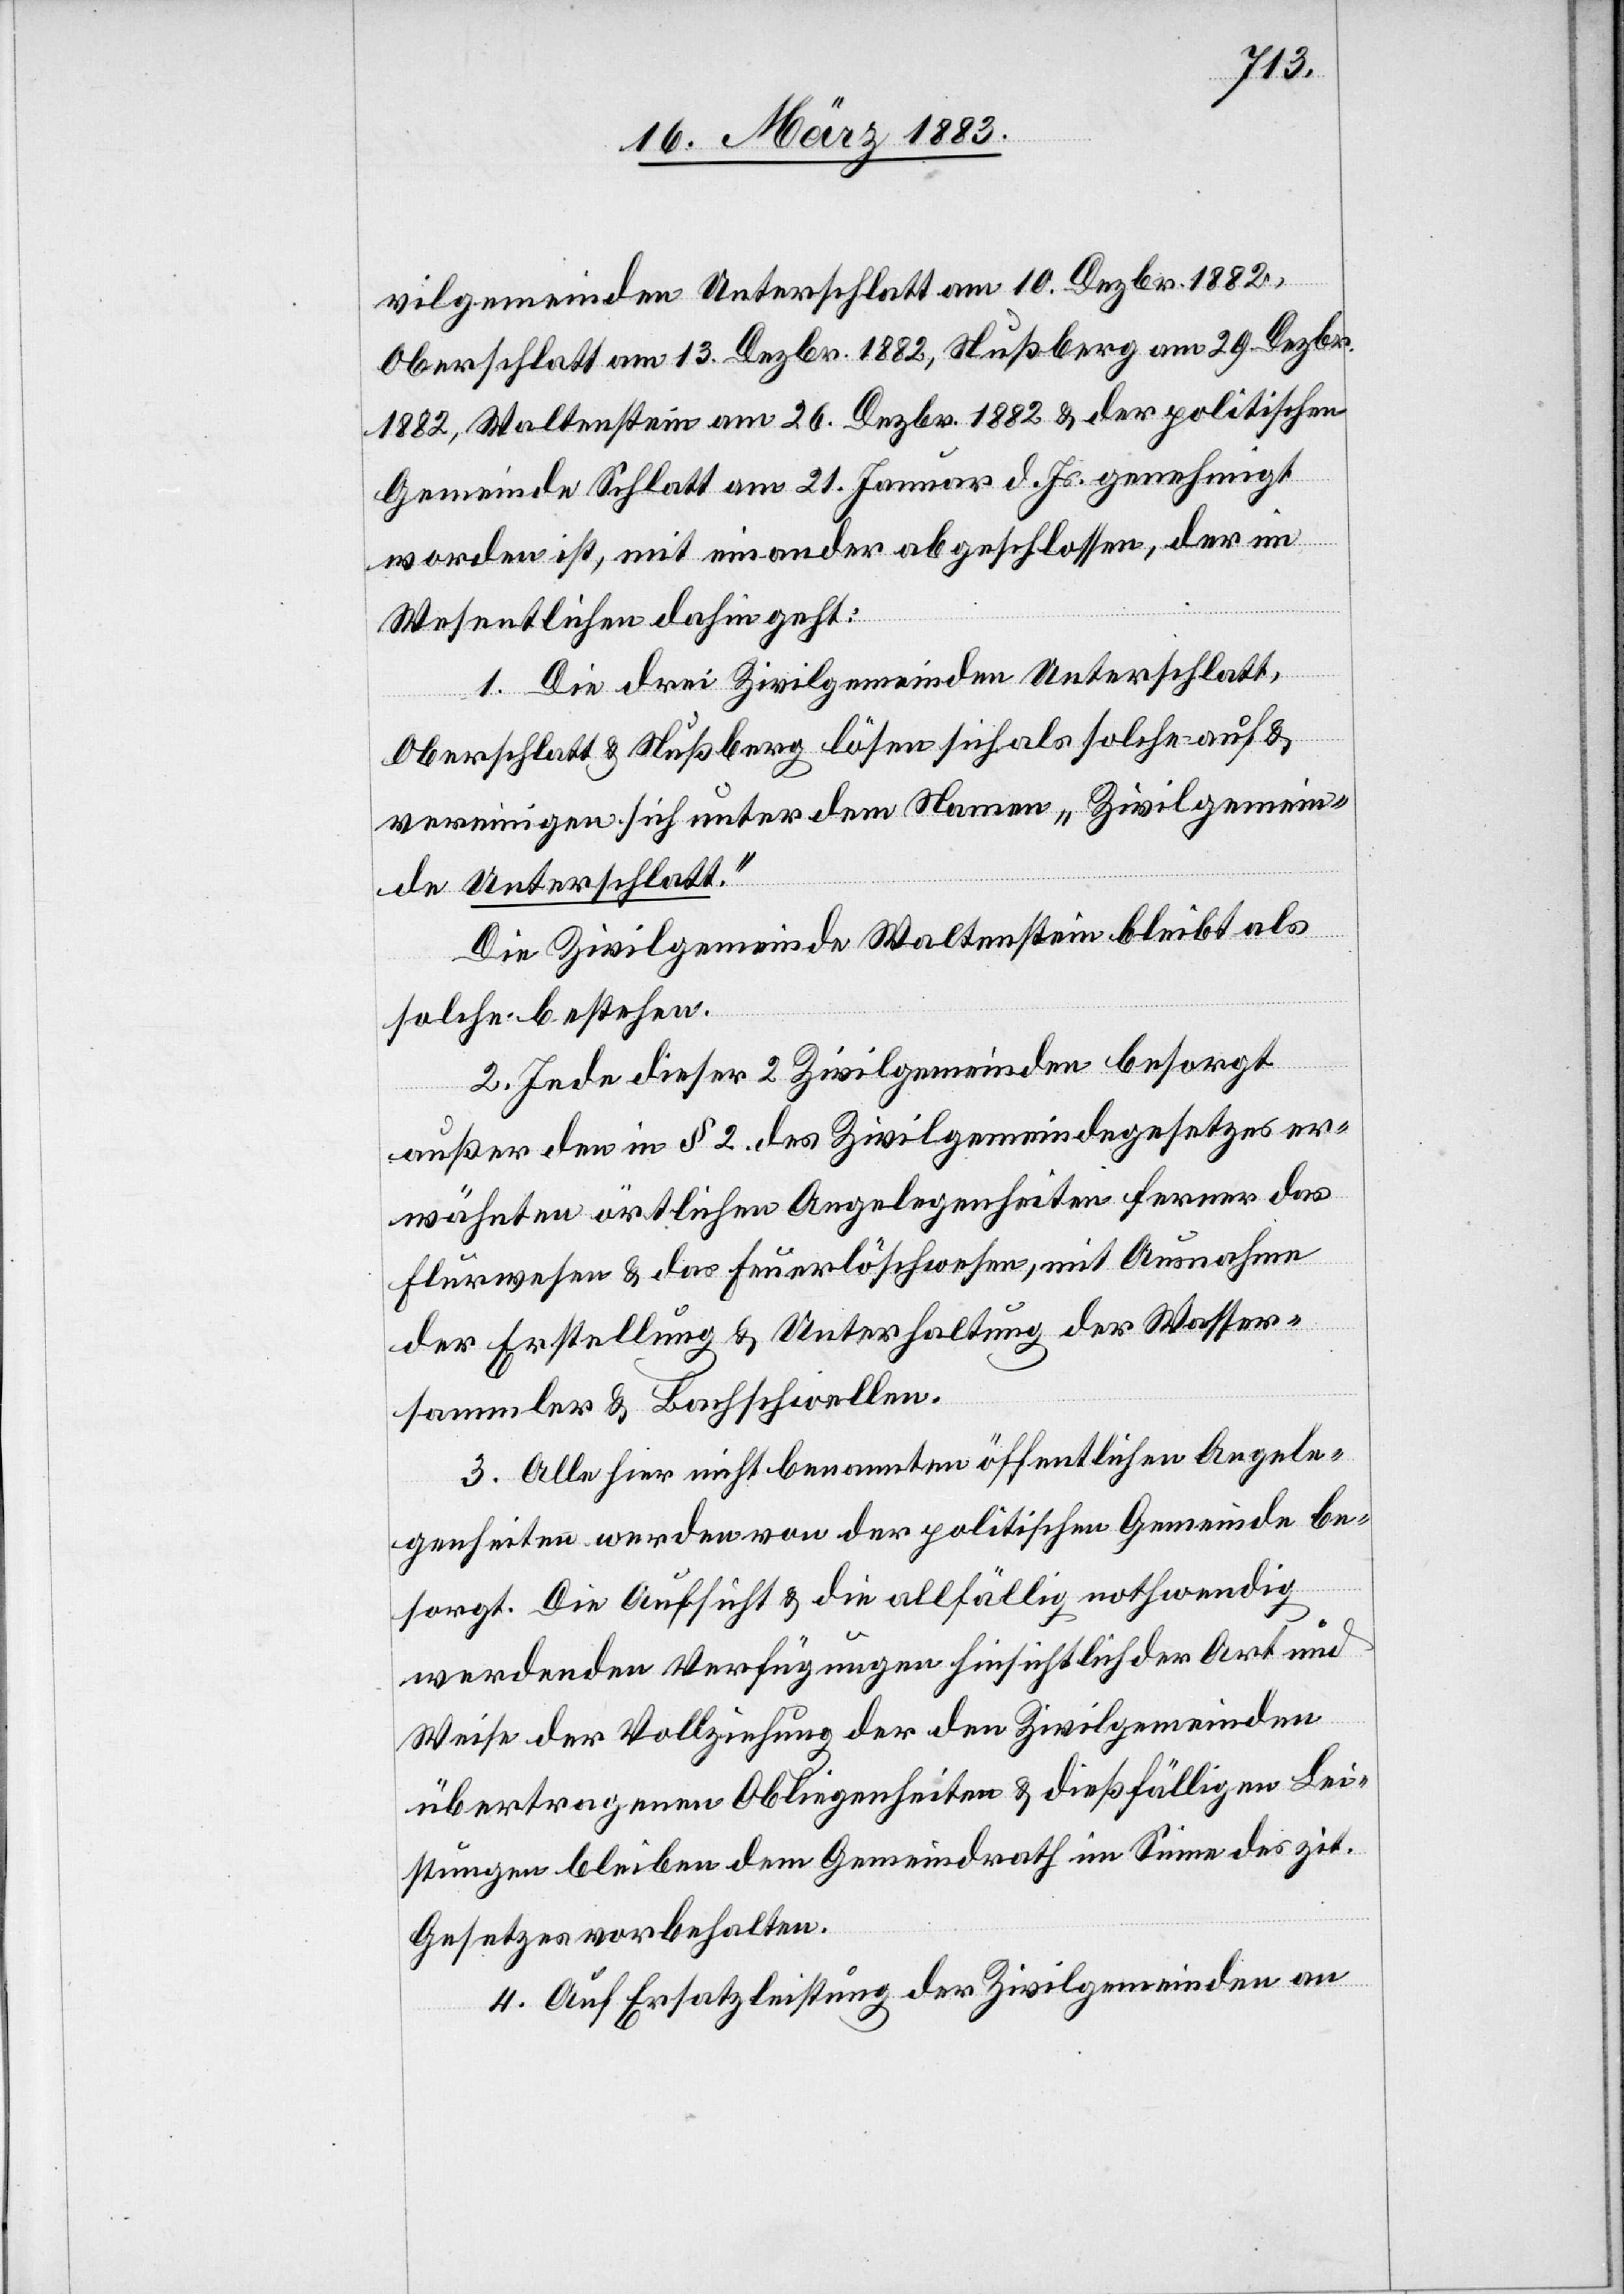
der
wenn
Form